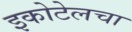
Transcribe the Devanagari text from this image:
इकोटेलचा